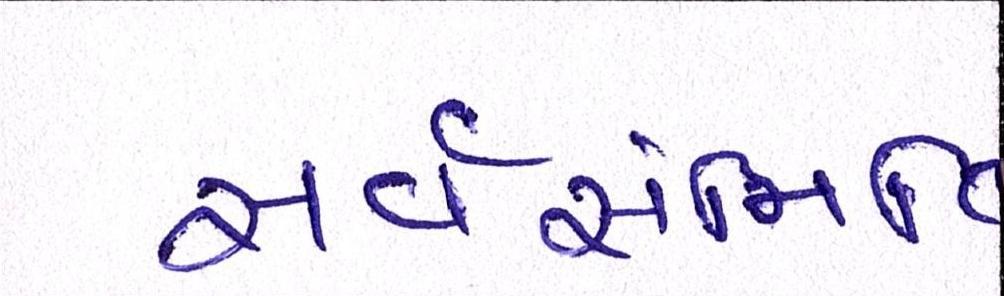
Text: સર્વસંમતિ